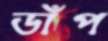
ডাঁপ